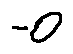
- 0